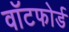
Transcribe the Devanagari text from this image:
वॉटफोर्ड